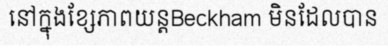
នៅក្នុងខ្សែភាពយន្តBeckham មិនដែលបាន